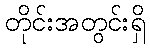
တိုင်းအတွင်းရှိ